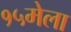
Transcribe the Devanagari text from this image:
१५मेला